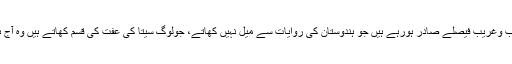
آپ نے کہا کہ اب عدالتوں سے عجیب وغریب فیصلے صادر ہورہے ہیں جو ہندوستان کی روایات سے میل نہیں کھاتے، جولوگ سیتا کی عفت کی قسم کھاتے ہیں وہ آج ہم جنسی کو جائز قرار دے رہے ہیں۔